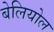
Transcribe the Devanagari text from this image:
बेलियोल